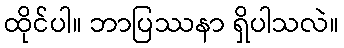
ထိုင်ပါ။ ဘာပြဿနာ ရှိပါသလဲ။